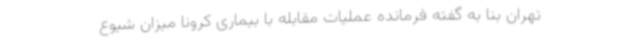
تهران بنا به گفته فرمانده عملیات مقابله با بیماری کرونا میزان شیوع